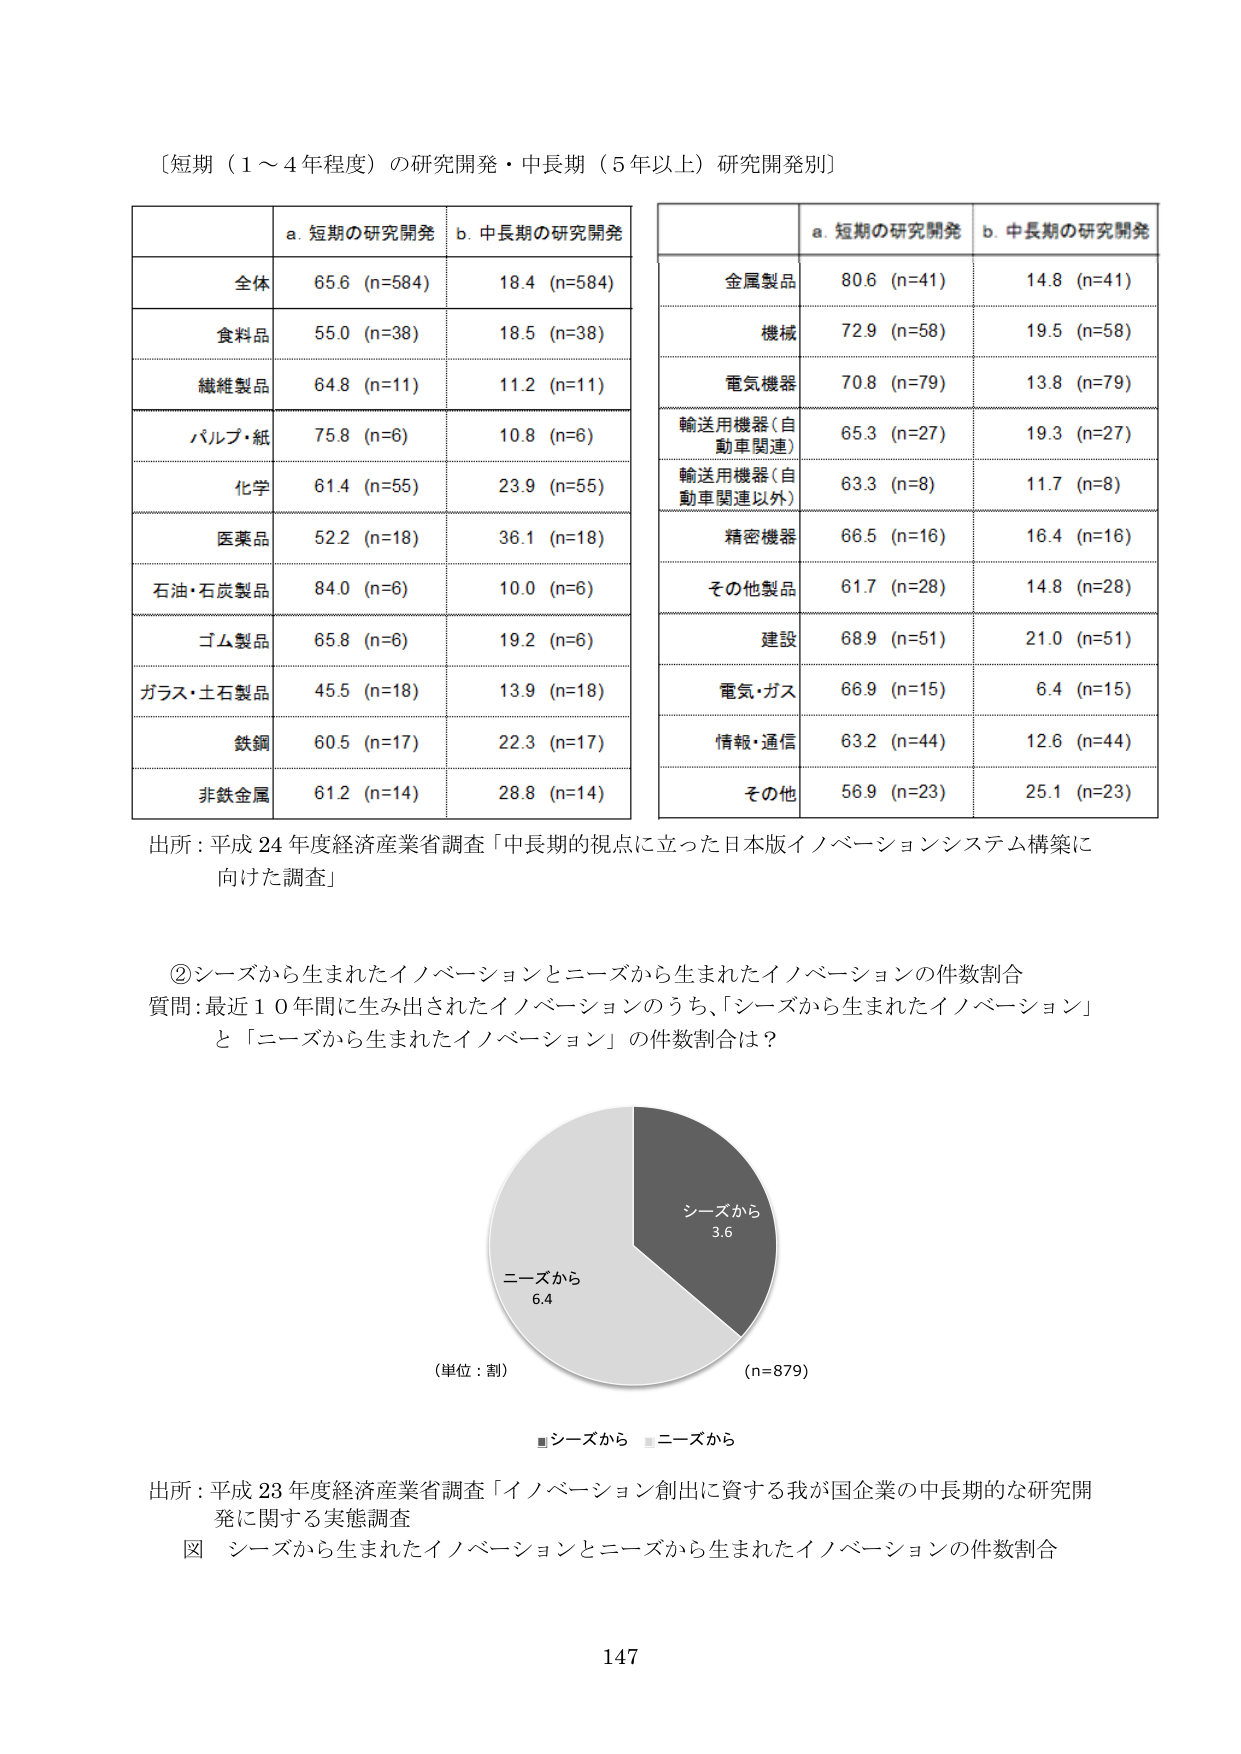
〔短期（1～4年程度）の研究開発・中長期（5年以上）研究開発別〕

a. 短期の研究開発　b. 中長期の研究開発
全体　65.6 (n=584)　18.4 (n=584)
食料品　55.0 (n=38)　18.5 (n=38)
繊維製品　64.8 (n=11)　11.2 (n=11)
パルプ・紙　75.8 (n=6)　10.8 (n=6)
化学　61.4 (n=55)　23.9 (n=55)
医薬品　52.2 (n=18)　36.1 (n=18)
石油・石炭製品　84.0 (n=6)　10.0 (n=6)
ゴム製品　65.8 (n=6)　19.2 (n=6)
ガラス・土石製品　45.5 (n=18)　13.9 (n=18)
鉄鋼　60.5 (n=17)　22.3 (n=17)
非鉄金属　61.2 (n=14)　28.8 (n=14)

a. 短期の研究開発　b. 中長期の研究開発
金属製品　80.6 (n=41)　14.8 (n=41)
機械　72.9 (n=58)　19.5 (n=58)
電気機器　70.8 (n=79)　13.8 (n=79)
輸送用機器（自動車関連）　65.3 (n=27)　19.3 (n=27)
輸送用機器（自動車関連以外）　63.3 (n=8)　11.7 (n=8)
精密機器　66.5 (n=16)　16.4 (n=16)
その他製品　61.7 (n=28)　14.8 (n=28)
建設　68.9 (n=51)　21.0 (n=51)
電気・ガス　66.9 (n=15)　6.4 (n=15)
情報・通信　63.2 (n=44)　12.6 (n=44)
その他　56.9 (n=23)　25.1 (n=23)

出所：平成24年度経済産業省調査「中長期的視点に立った日本版イノベーションシステム構築に向けた調査」

② シーズから生まれたイノベーションとニーズから生まれたイノベーションの件数割合
質問：最近10年間に生み出されたイノベーションのうち、「シーズから生まれたイノベーション」と「ニーズから生まれたイノベーション」の件数割合は？

（単位：割）
（n=879）
■ シーズから　■ ニーズから
シーズから 3.6
ニーズから 6.4

出所：平成23年度経済産業省調査「イノベーション創出に資する我が国企業の中長期的な研究開発に関する実態調査」
図　シーズから生まれたイノベーションとニーズから生まれたイノベーションの件数割合

147